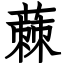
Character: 蕀